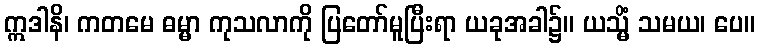
ဣဒါနိ၊ ကတမေ ဓမ္မာ ကုသလာကို ပြတော်မူပြီးရာ ယခုအခါ၌။ ယသ္မိံ သမယ၊ ပေ။